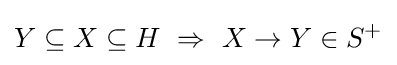
Y\subseteq X\subseteq H~\Rightarrow ~X\rightarrow Y\in S^{+}